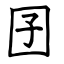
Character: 囝